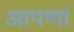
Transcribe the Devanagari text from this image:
आपणां